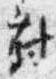
対